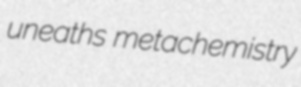
uneaths metachemistry